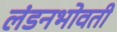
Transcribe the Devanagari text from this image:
लंडनभोवती